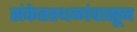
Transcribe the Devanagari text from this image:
संकेतस्थळांपासून